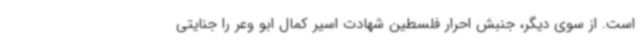
است. از سوی دیگر، جنبش احرار فلسطین شهادت اسیر کمال ابو وعر را جنایتی